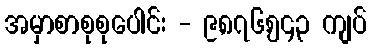
အမှာစာစုစုပေါင်း - ၉,၈၇၆,၅၄၃ ကျပ်